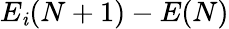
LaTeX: E_{\mathit{i}}(N+1)-E(N)